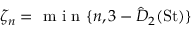
\zeta _ { n } = \mathrm { ~ m ~ i ~ n ~ } \{ n , 3 - { { \hat { D } } } _ { 2 } { ( \mathrm { S t } ) } \}